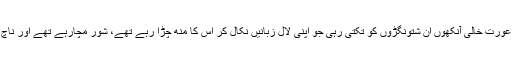
وہ ایک ہاری ہوئی نا تواں عورت خالی آنکھوں ان شتونگڑوں کو تکتی رہی جو اپنی لال زبانیں نکال کر اس کا مُنھ چڑا رہے تھے، شور مچارہے تھے اور ناچ ناچ بے حال ہورہے تھے۔